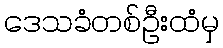
ဒေသခံတစ်ဦးထံမှ